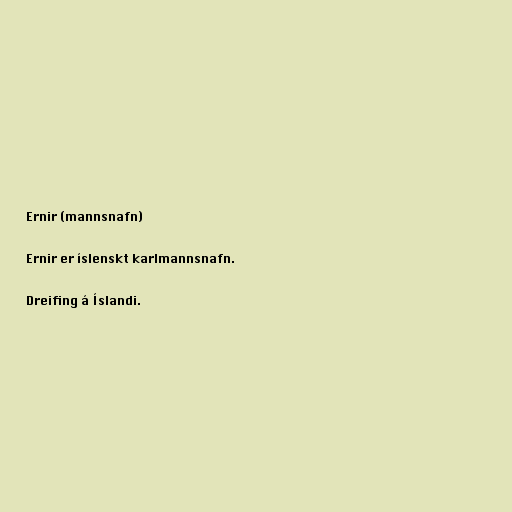
Ernir (mannsnafn)

Ernir er íslenskt karlmannsnafn.

Dreifing á Íslandi.